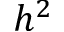
h ^ { 2 }